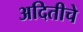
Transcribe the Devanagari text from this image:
अदितीचे